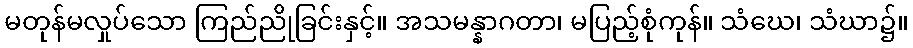
မတုန်မလှုပ်သော ကြည်ညိုခြင်းနှင့်။ အသမန္နာဂတာ၊ မပြည့်စုံကုန်။ သံဃေ၊ သံဃာ၌။